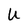
Character: U